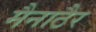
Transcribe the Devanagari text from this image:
मैनाठैर